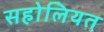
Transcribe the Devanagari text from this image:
सहोलियत